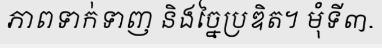
ភាពទាក់ទាញ និងច្នៃប្រឌិត។ មុំទី៣.